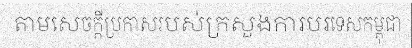
តាមសេចក្តីប្រកាសរបស់ក្រសួងការបរទេសកម្ពុជា